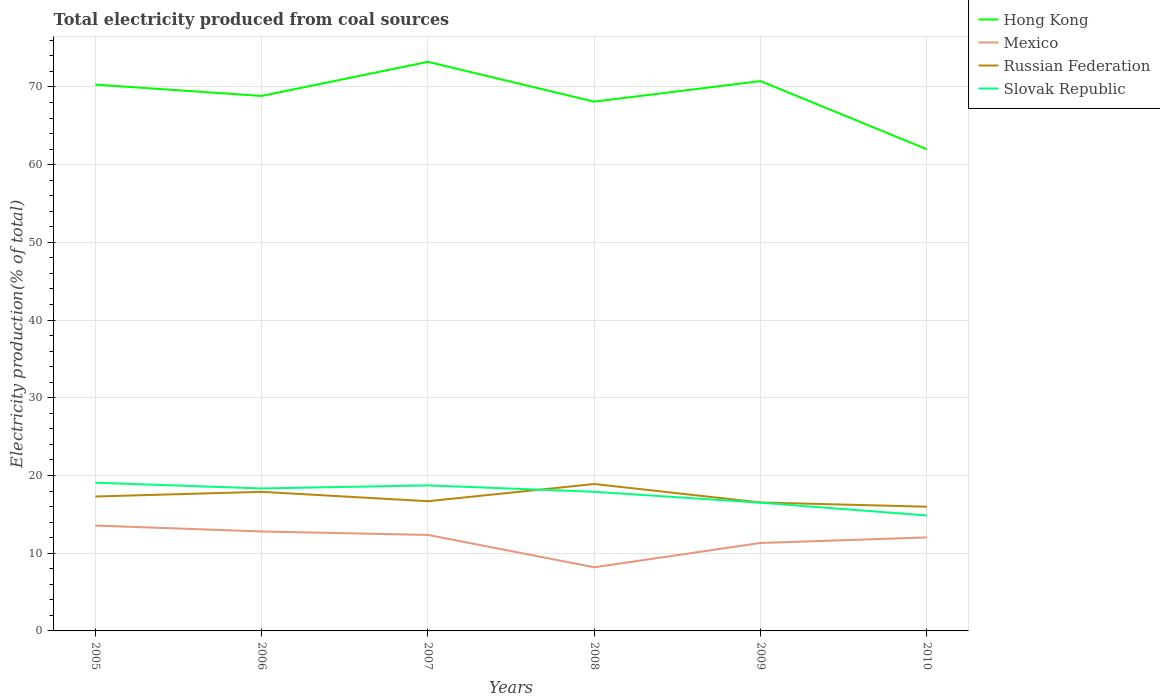
| Years | Hong Kong | Mexico | Russian Federation | Slovak Republic |
 | --- | --- | --- | --- | --- |
 | 2005 | 70.3 | 13.6 | 17.3 | 19.1 |
 | 2006 | 68.8 | 12.8 | 17.9 | 18.3 |
 | 2007 | 73.2 | 12.4 | 16.7 | 18.7 |
 | 2008 | 68.1 | 8.19 | 18.9 | 17.9 |
 | 2009 | 70.8 | 11.3 | 16.5 | 16.5 |
 | 2010 | 62 | 12 | 16 | 14.9 |